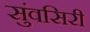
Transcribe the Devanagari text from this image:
सुंवसिरी